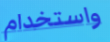
واستخدام